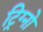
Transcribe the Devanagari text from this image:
ट्रिग्नो